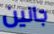
جانين